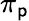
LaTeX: \pi_{\mathsf{p}}